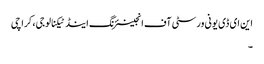
این ای ڈی یونی ورسٹی آف انجینئرنگ اینڈ ٹیکنالوجی، کراچی
۔